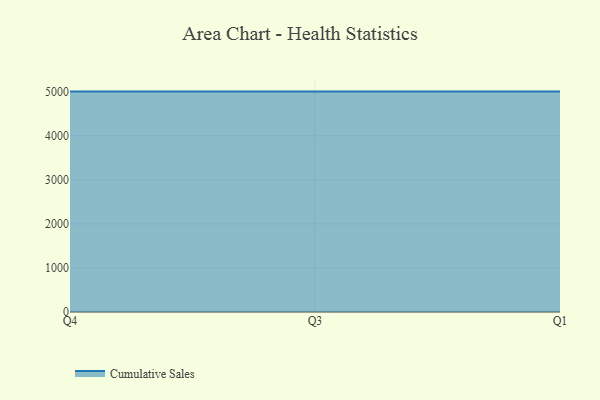
{"axis": {"x": "Quarter", "y": "Temperature (°C)"}, "legend": ["Cumulative Sales"], "data": [{"x": "Q4", "y": 5000, "type": "Cumulative Sales"}, {"x": "Q3", "y": 5000, "type": "Cumulative Sales"}, {"x": "Q1", "y": 5000, "type": "Cumulative Sales"}]}